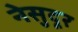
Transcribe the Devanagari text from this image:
नेसुदूर